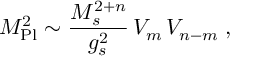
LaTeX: M _ { \mathrm { P l } } ^ { 2 } \sim \frac { M _ { s } ^ { 2 + n } } { g _ { s } ^ { 2 } } \, V _ { m } \, V _ { n - m } \; ,